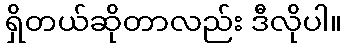
ရှိတယ်ဆိုတာလည်း ဒီလိုပါ။